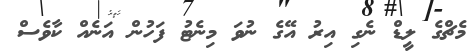
މެޗްގެ ލީޑް ނެގި އިރު އޭގެ ނުވަ މިނެޓު ފަހުން އަނެއް ކާވެސް